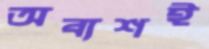
অব্যশই